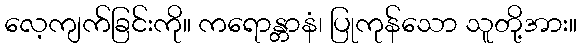
လေ့ကျက်ခြင်းကို။ ကရောန္တာနံ၊ ပြုကုန်သော သူတို့အား။